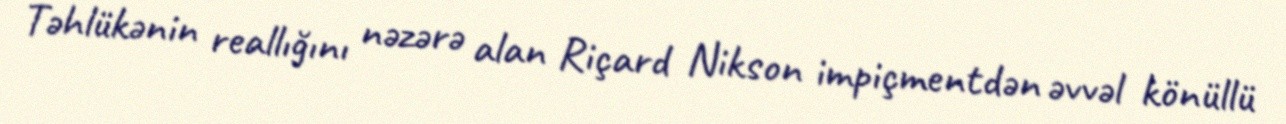
Təhlükənin reallığını nəzərə alan Riçard Nikson impiçmentdən əvvəl könüllü